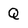
Character: Q